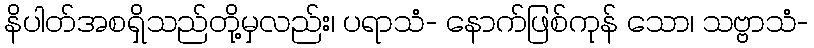
နိပါတ်အစရှိသည်တို့မှလည်း၊ ပရာသံ- နောက်ဖြစ်ကုန် သော၊ သဗ္ဗာသံ-